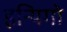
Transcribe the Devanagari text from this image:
इन्यिगो